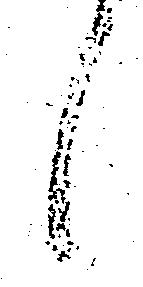
候